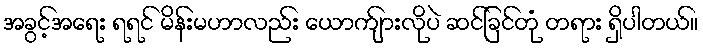
အခွင့်အရေး ရရင် မိန်းမဟာလည်း ယောက်ျားလိုပဲ ဆင်ခြင်တုံ တရား ရှိပါတယ်။